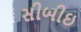
સીબીઇ